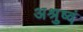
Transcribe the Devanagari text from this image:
अश्रुष्वं